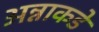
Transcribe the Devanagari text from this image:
अन्नाकडे